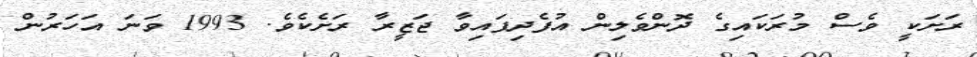
ރަށަކީ ވެސް މުރަކައިގެ ދޮންވެލިން އުފެދިފައިވާ ޖަޒީރާ ރަށެކެވެ. 1993 ވަނަ އަހަރުން